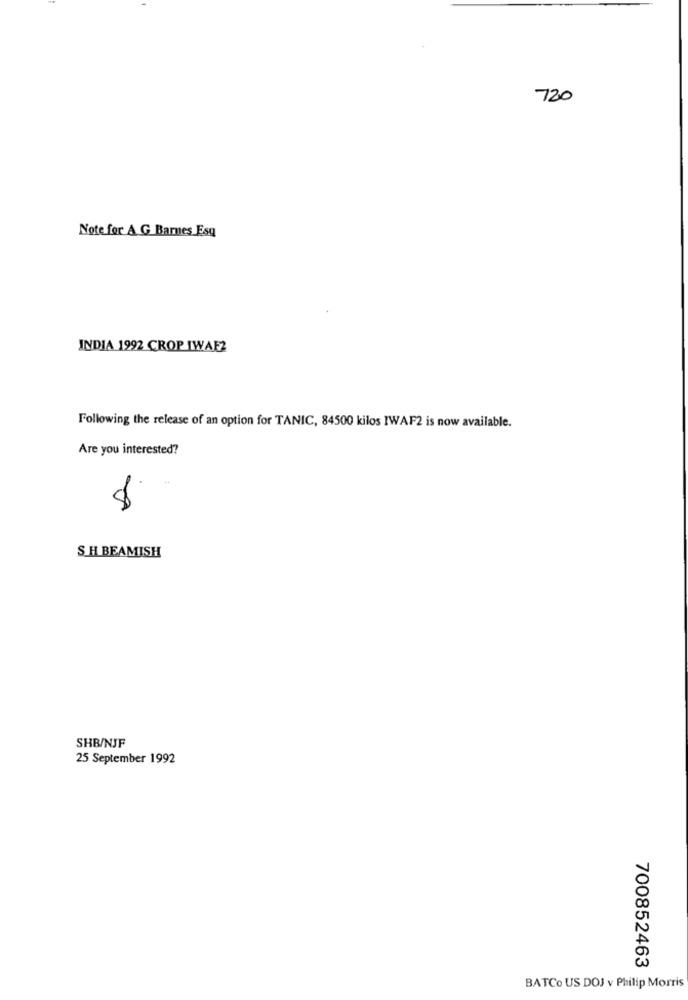
720
Note for A G Barnes Esq
INDIA 1992 CROP IWAEZ
Following the release of an option for TANIC, 84500 kilos IWAF2 is now available.
Are you interested?
$
S H BEAMISH
SHB/NJF
25 September 1992
700852463
BATCo US DOJ v Philip Morris